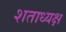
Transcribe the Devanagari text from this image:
शताध्यक्ष